Report on the bubonic plague in Bombay, 1896-1897
Year: 1896
Disease focus: Plague
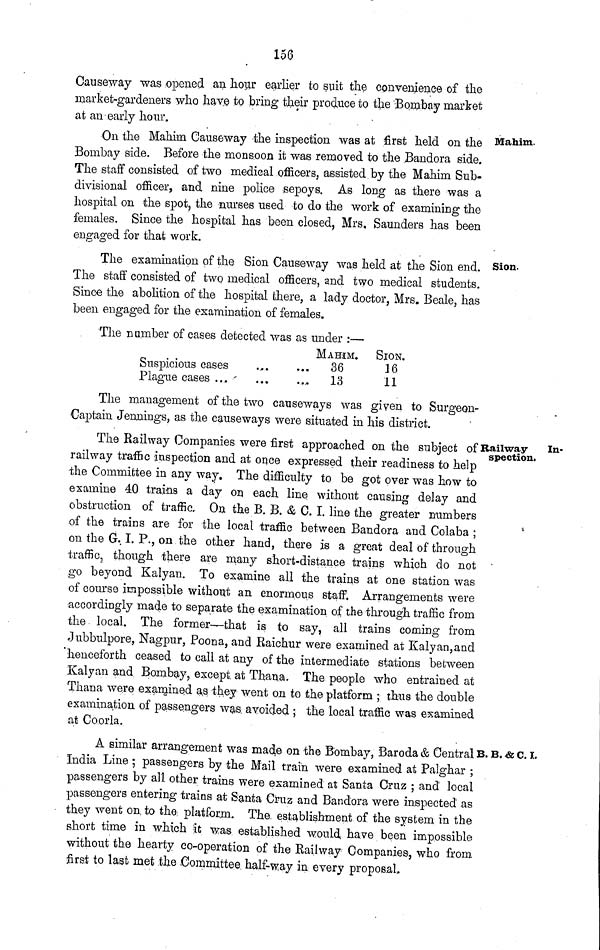
156
Causeway was opened an hour earlier to suit the convenience of the
market-gardeners who have to bring their produce to the Bombay market
at an early hour.
Mahim.
On the Mahim Causeway the inspection was at first held on the
Bombay side. Before the monsoon it was removed to the Bandora side.
The staff consisted of two medical officers, assisted by the Mahim Sub-
divisional officer, and nine police sepoys. As long as there was a
hospital on the spot, the nurses used to do the work of examining the
females. Since the hospital has been closed, Mrs. Saunders has been
engaged for that work.
Sion.
The examination of the Sion Causeway was held at the Sion end.
The staff consisted of two medical officers, and two medical students.
Since the abolition of the hospital there, a lady doctor, Mrs. Beale, has
been engaged for the examination of females.
The number of cases detected was as under :—
Suspicious cases ...
Plague cases ... ...
MAHIM.
... 36
....
13
SION.
16
11
The management of the two causeways was given to Surgeon-
Captain Jennings, as the causeways were situated in his district.
Railway
In-
spection.
The Railway Companies were first approached on the subject of
railway traffic inspection and at once expressed their readiness to help
the Committee in any way. The difficulty to be got over was how to
examine 40 trains a day on each line without causing delay and
obstruction of traffic. On the B. B. & C. I. line the greater numbers
of the trains are for the local traffic between Bandora and Colaba ;
on the G. I. P., on the other hand, there is a great deal of through
traffic, though there are many short-distance trains which do not
go beyond Kalyan. To examine all the trains at one station was
of course impossible without an enormous staff. Arrangements were
accordingly made to separate the examination of the through traffic from
the local. The former—that is to say, all trains coming from
Jubbulpore, Nagpur, Poona, and Raichur were examined at Kalyan, and
henceforth ceased to call at any of the intermediate stations between
Kalyan and Bombay, except, at Tirana. The people who entrained at
Thana were exarnined as they went on to the platform ; thus the double
examination of passengers was avoided ; the local traffic was examined
at Coorla.
B. B. & C. L
A similar arrangement was made on the Bombay, Baroda & Central
India Line ; passengers by the Mail train were examined at Palghar ;
passengers by all other trains were examined at Santa Cruz ; and local
passengers entering trains at Santa Cruz and Bandora were inspected as
they went on to the platform. The establishment of the system in the
short time in which it was established would have been impossible
without the hearty co-operation of the Railway Companies, who from
first to last met the Committee half-way in every proposal.